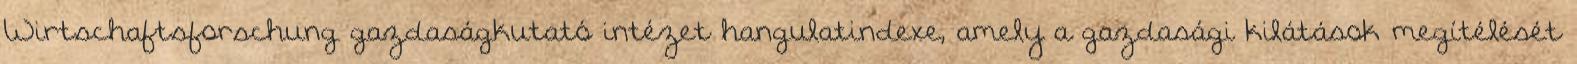
Wirtschaftsforschung gazdaságkutató intézet hangulatindexe, amely a gazdasági kilátások megítélését